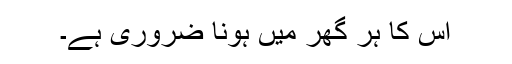
اس کا ہر گھر میں ہونا ضروری ہے۔